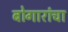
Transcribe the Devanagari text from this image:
बोगारांचा